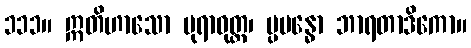
၁၁၁။ ဣတိဟာသော ပုရာဝုတ္တ၊ ပ္ပဗန္ဓော ဘာရတာဒိကော။